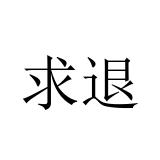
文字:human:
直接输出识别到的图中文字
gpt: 求退